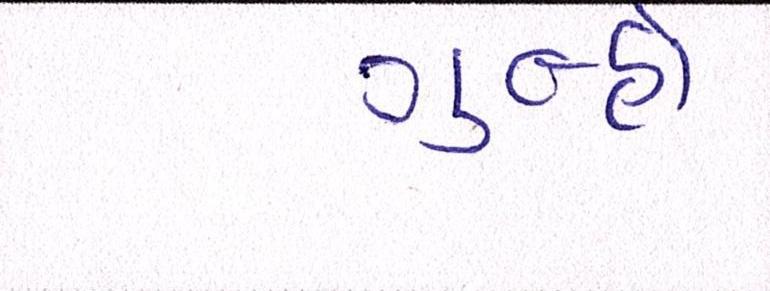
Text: ગુન્હો